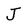
Character: J